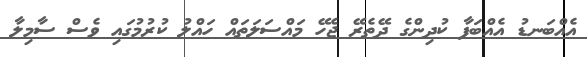
އެއްބަނޑު އެއްބަފާ ކުދިންގެ ދޭތެރޭ ޖެހޭ މައްސަލަތައް ހައްލު ކުރުމުގައި ވެސް ސާމިލާ